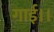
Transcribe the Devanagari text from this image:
गाई।।